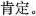
肯定。